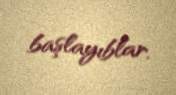
başlayıblar.